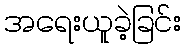
အရေးယူခဲ့ခြင်း